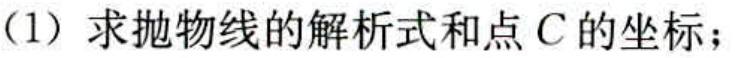
(1) 求抛物线的解析式和点 \(C\) 的坐标；